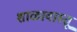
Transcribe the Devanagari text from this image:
शाळावास्तू